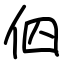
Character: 伵